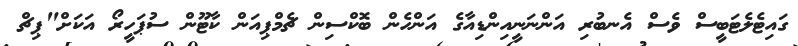
ގައިޓެލެޓަބީސް ވެސް އެނބުރި އަންނަނީއިންޑިއާގެ އަންހެން ބޮކްސިން ޗެމްޕިއަން ކާޓޫން ސުޕަހީރޯ އަކަށް"ޕިޗް